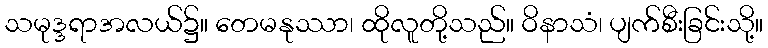
သမုဒ္ဒရာအလယ်၌။ တေမနုဿာ၊ ထိုလူတို့သည်။ ဝိနာသံ၊ ပျက်စီးခြင်းသို့။